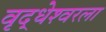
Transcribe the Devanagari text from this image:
वृद्धेश्‍वरला